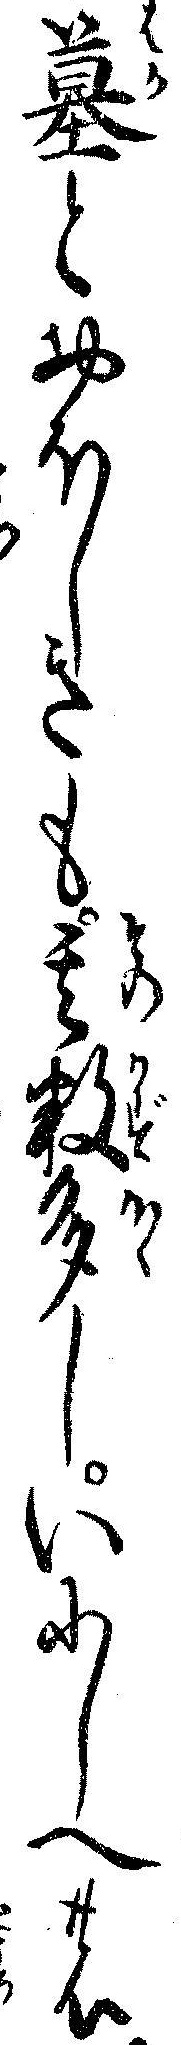
墓とおほしきも其数多しいにしへの